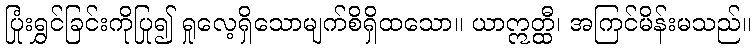
ပြုံးရွှင်ခြင်းကိုပြု၍ ရှုလေ့ရှိသောမျက်စိရှိထသော။ ယာဣတ္ထီ၊ အကြင်မိန်းမသည်။